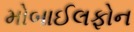
મોબાઈલફોન